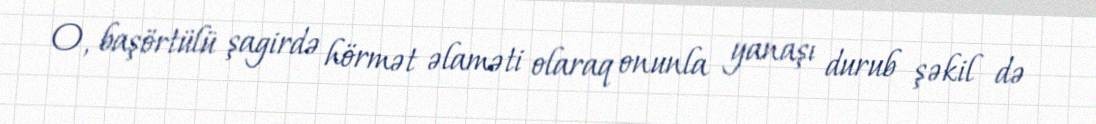
O, başörtülü şagirdə hörmət əlaməti olaraq onunla yanaşı durub şəkil də